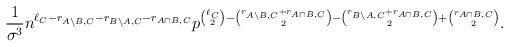
LaTeX: \begin{align*}\frac{1}{\sigma^3}n^{\ell_C-r_{A\setminus B,C}-r_{B\setminus A,C}-r_{A\cap B,C}}p^{\binom{\ell_C}{2}-\binom{r_{A\setminus B,C}+r_{A\cap B,C}}{2}-\binom{r_{B\setminus A,C}+r_{A\cap B,C}}{2}+\binom{r_{A\cap B,C}}{2}}.\end{align*}